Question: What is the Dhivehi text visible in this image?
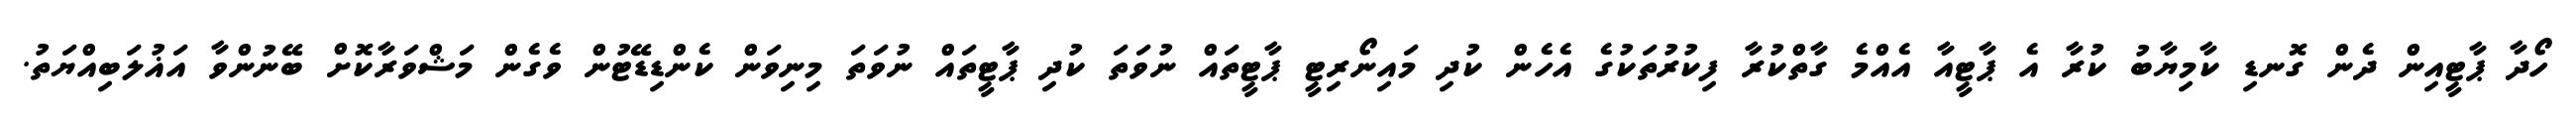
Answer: ހޯދާ ޕާޓީއިން ދެން ގޮނޑި ކާމިޔާބު ކުރާ އެ ޕާޓީއާ އެއްމެ ގާތްކުރާ ފިކުރުތަކުގެ އެހެން ކުދި މައިނޯރިޓީ ޕާޓީތައް ނުވަތަ ކުދި ޕާޓީތައް ނުވަތަ މިނިވަން ކެންޑިޑޭޓުން ވެގެން މަޝްވަރާކޮށް ބޭނުންވާ އަޣުލަބިއްޔަތު.